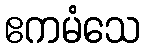
ဧကမံသေ